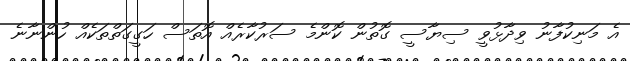
އެ މަނިކުފާނު ވިދާޅުވީ ސިޔާސީ ގޮތުން ކޮންމެ ސަރުކާރެއް އޮތަސް ހަގީގަތްތަކެއް ހުންނާނެ